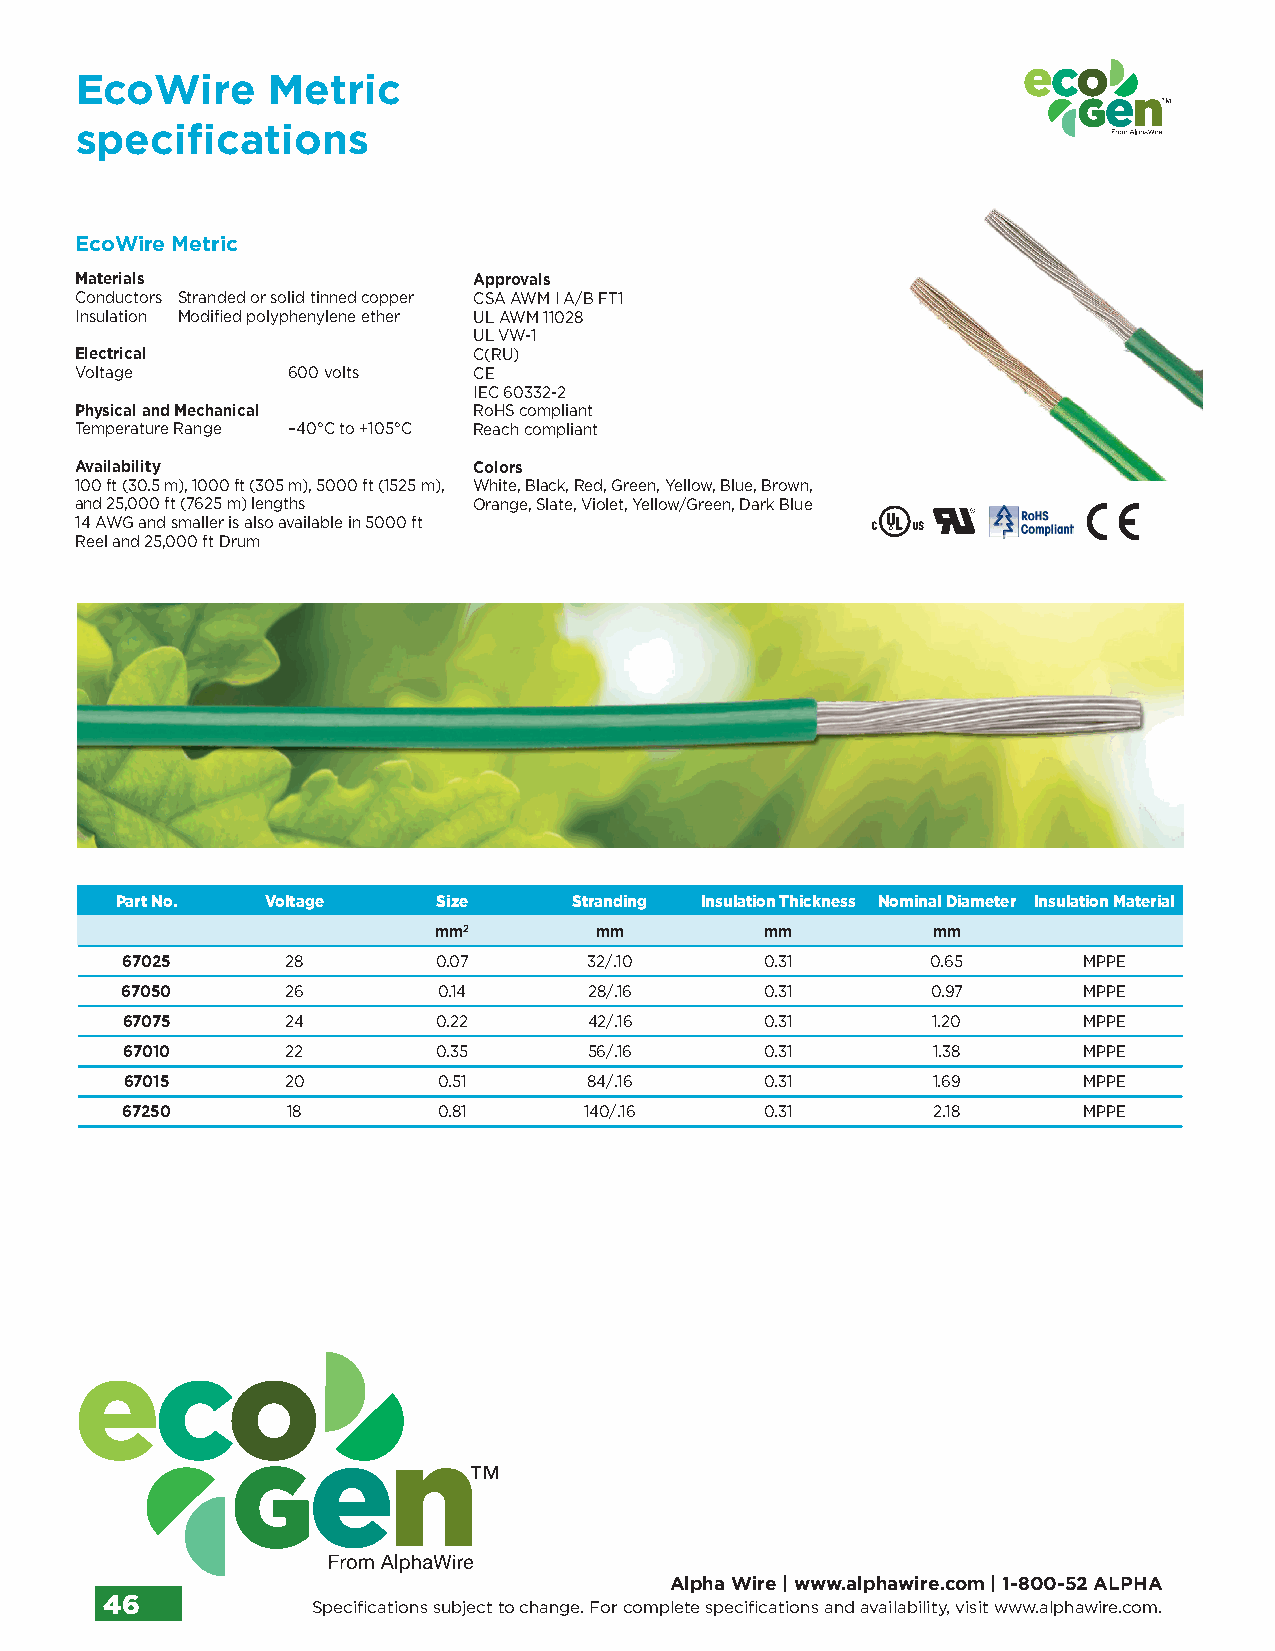
EcoWire      Metric
 specifications
 EcoWire Metric
 Materials                 Approvals
 Conductors Stranded or solid tinned copper CSA AWM I A/B FT1
 Insulation Modified polyphenylene ether UL AWM 11028
 UL VW-1
 Electrical                C(RU)
 Voltage       600 volts   CE
 IEC 60332-2
 Physical and Mechanical   RoHS compliant
 Temperature Range –40°C to +105°C Reach compliant
 Availability              Colors
 100 ft (30.5 m), 1000 ft (305 m), 5000 ft (1525 m), White, Black, Red, Green, Yellow, Blue, Brown,
 and 25,000 ft (7625 m) lengths Orange, Slate, Violet, Yellow/Green, Dark Blue
 14 AWG and smaller is also available in 5000 ft
 Reel and 25,000 ft Drum
 Part No.  Voltage    Size     Stranding Insulation Thickness Nominal Diameter Insulation Material
 mm2       mm          mm         mm
 67025      28        0.07      32/.10      0.31       0.65      MPPE
 67050      26        0.14      28/.16      0.31       0.97      MPPE
 67075      24        0.22      42/.16      0.31       1.20      MPPE
 67010      22        0.35      56/.16      0.31       1.38      MPPE
 67015      20        0.51      84/.16      0.31       1.69      MPPE
 67250      18        0.81      140/.16     0.31       2.18      MPPE
 Alpha Wire | www.alphawire.com | 1-800-52 ALPHA
 46            Specifications subject to change. For complete specifications and availability, visit www.alphawire.com.